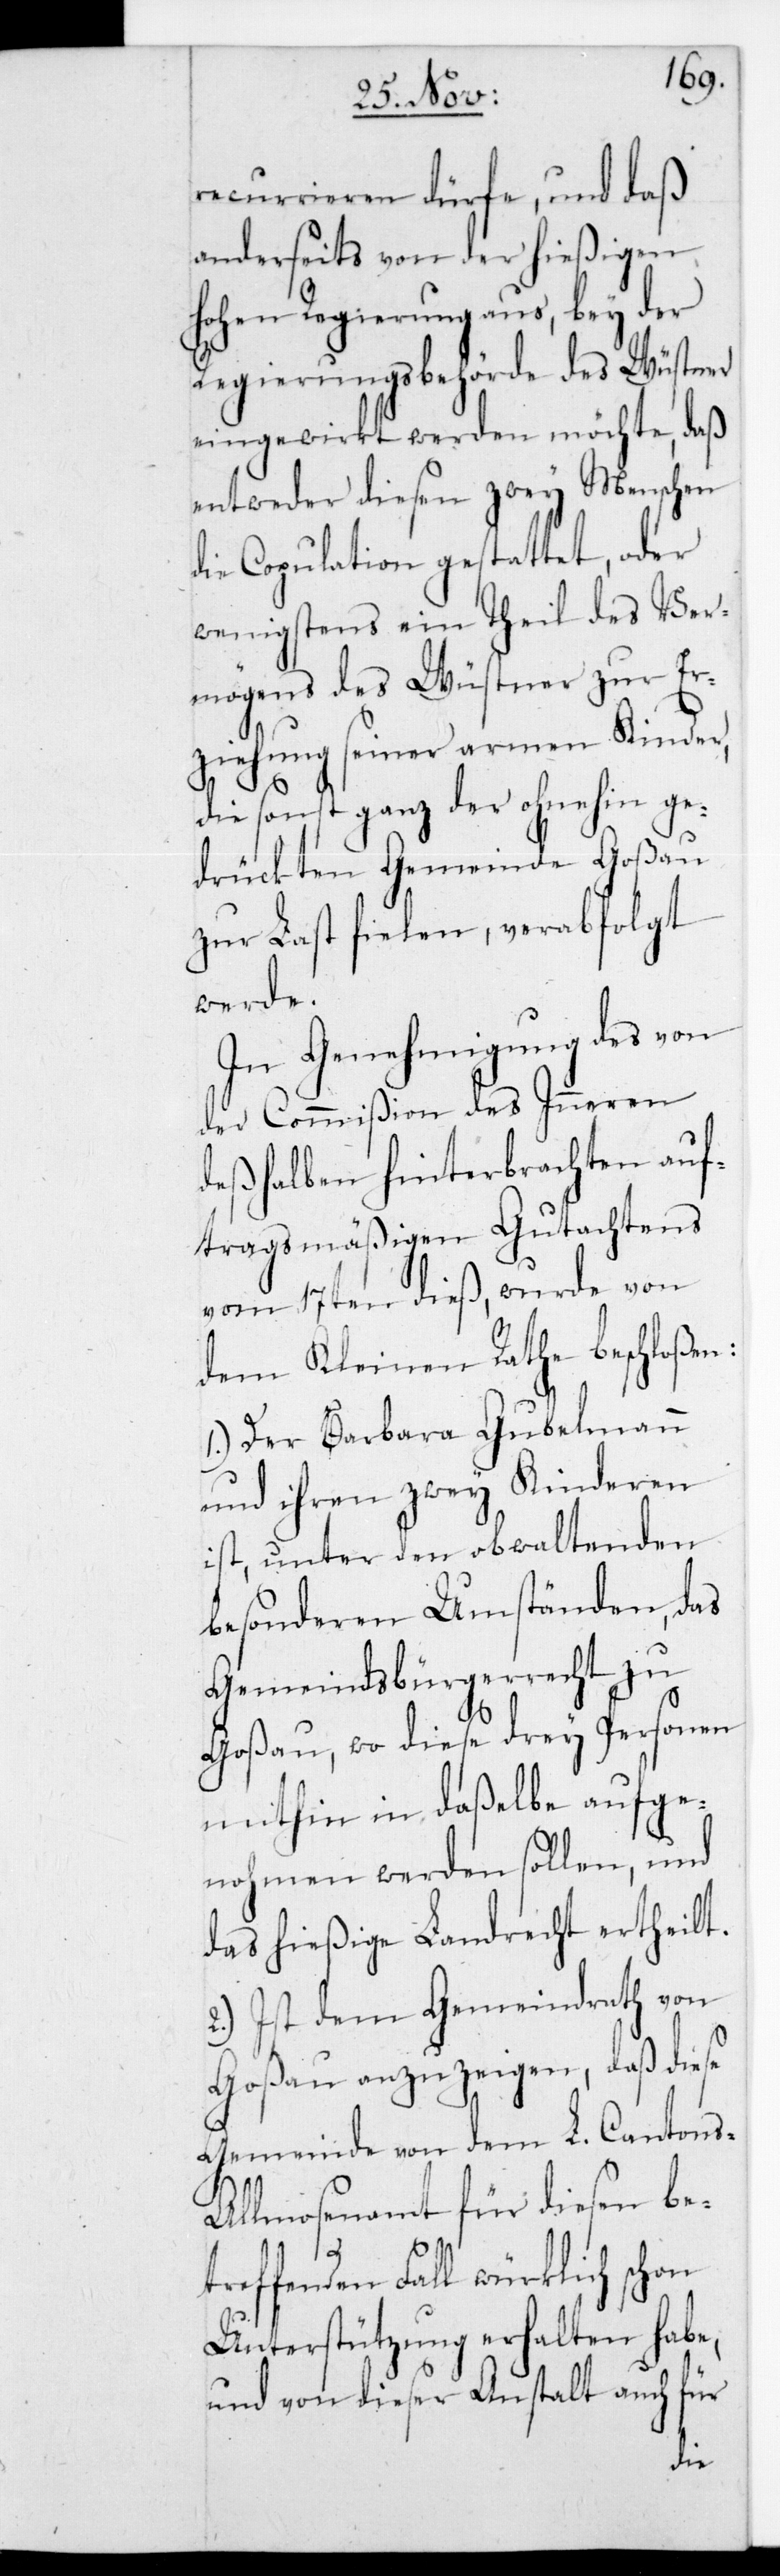
recurrieren dürfe, und daß
anderseits von der hießigen
Hohen Regierung aus, bey der
Regierungsbehörde des Wüstner
eingewirkt werden möchte, daß
entweder diesen zwey Menschen
die Copulation gestattet, oder
wenigstens ein Theil des Ver¬
mögens des Wüstner zur Er¬
ziehung seiner armen Kinder,
die sonst ganz der ohnehin ge¬
drückten Gemeinde Goßau
zur Last fielen, verabfolgt
werde.
In Genehmigung des von
der Commißion des Inneren
deshalben hinterbrachten auf¬
tragsmäßigen Gutachtens
vom 17ten dieß, wurde von
dem Kleinen Rathe beschloßen:
1.) Der Barbara Gubelmann
und ihren zwey Kinderen
ist, unter den obwaltenden
besonderen Umständen das
Gemeindsbürgerrecht zu
Goßau, wo diese drey Personen
mithin in daßelbe aufge¬
nohmen werden sollen, und
das hießige Landrecht ertheilt.
2.) Ist dem Gemeindrath von
Goßau anzuzeigen, daß diese
Gemeinde von dem L. Cantons-A¬
llmosenamt für diesen bet¬
reffenden Fall würklich schon
Unterstützung erhalten habe;
und von dieser Anstalt auch für